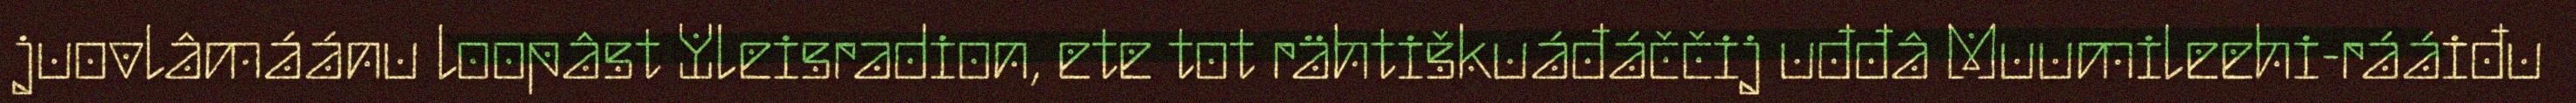
juovlâmáánu loopâst Yleisradion, ete tot rähtiškuáđáččij uđđâ Muumileehi-rááiđu